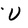
Character: U